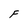
Character: F